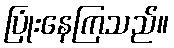
ပြုံးနေကြသည်။